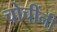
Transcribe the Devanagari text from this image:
चोचींनी